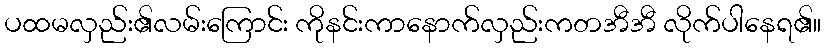
ပထမလှည်း၏လမ်းကြောင်း ကိုနင်းကာနောက်လှည်းကတအီအီ လိုက်ပါနေရ၏။